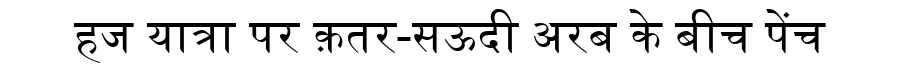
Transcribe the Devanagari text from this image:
हज यात्रा पर क़तर-सऊदी अरब के बीच पेंच